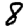
Digit: 8